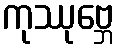
ကုဿုဗ္ဘေ